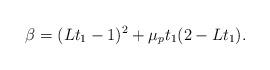
LaTeX: \begin{align*} \beta=(Lt_1-1)^2+\mu_p t_1(2-Lt_1).\end{align*}